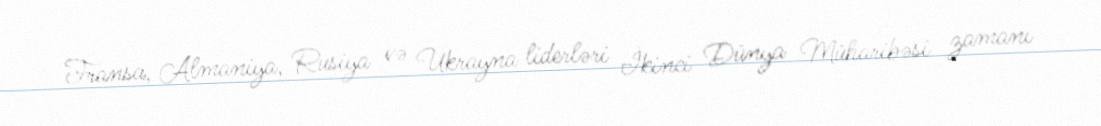
Fransa, Almaniya, Rusiya və Ukrayna liderləri İkinci Dünya Müharibəsi zamanı